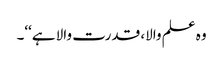
وہ علم والا، قدرت والا ہے‘‘۔